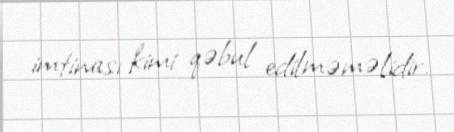
imtinası kimi qəbul edilməməlidir.